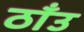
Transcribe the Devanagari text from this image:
ठाँउ